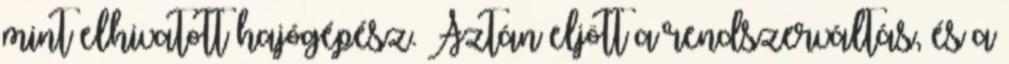
mint elhivatott hajógépész. Aztán eljött a rendszerváltás, és a